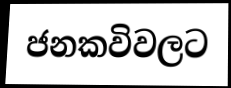
ජනකවිවලට